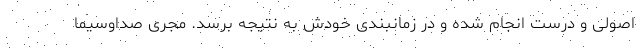
اصولی و درست انجام شده و در زمانبندی خودش به نتیجه برسد. مجری صداوسیما